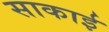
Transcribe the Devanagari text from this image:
साकाई